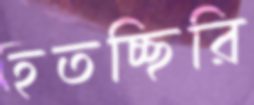
হতচ্ছিরি